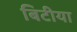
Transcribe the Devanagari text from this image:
बिटीया